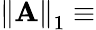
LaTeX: \left\Vert\mathbf{A}\right\Vert_{1}\equiv